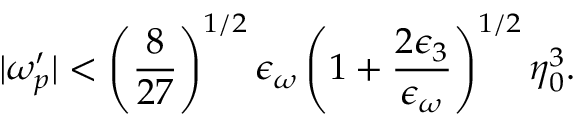
| \omega _ { p } ^ { \prime } | < \left( \frac { 8 } { 2 7 } \right) ^ { 1 / 2 } \epsilon _ { \omega } \left( 1 + \frac { 2 \epsilon _ { 3 } } { \epsilon _ { \omega } } \right) ^ { 1 / 2 } \eta _ { 0 } ^ { 3 } .